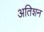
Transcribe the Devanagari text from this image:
अतिशन